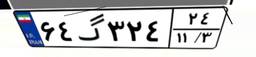
۷۸گ۳۹۳۴۶